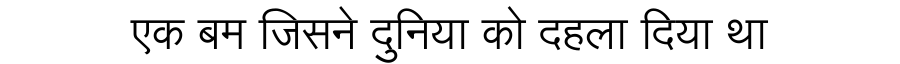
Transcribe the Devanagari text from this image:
एक बम जिसने दुनिया को दहला दिया था